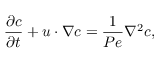
\frac { \partial c } { \partial t } + \boldsymbol { u } \cdot \nabla c = \frac { 1 } { P e } \nabla ^ { 2 } c ,